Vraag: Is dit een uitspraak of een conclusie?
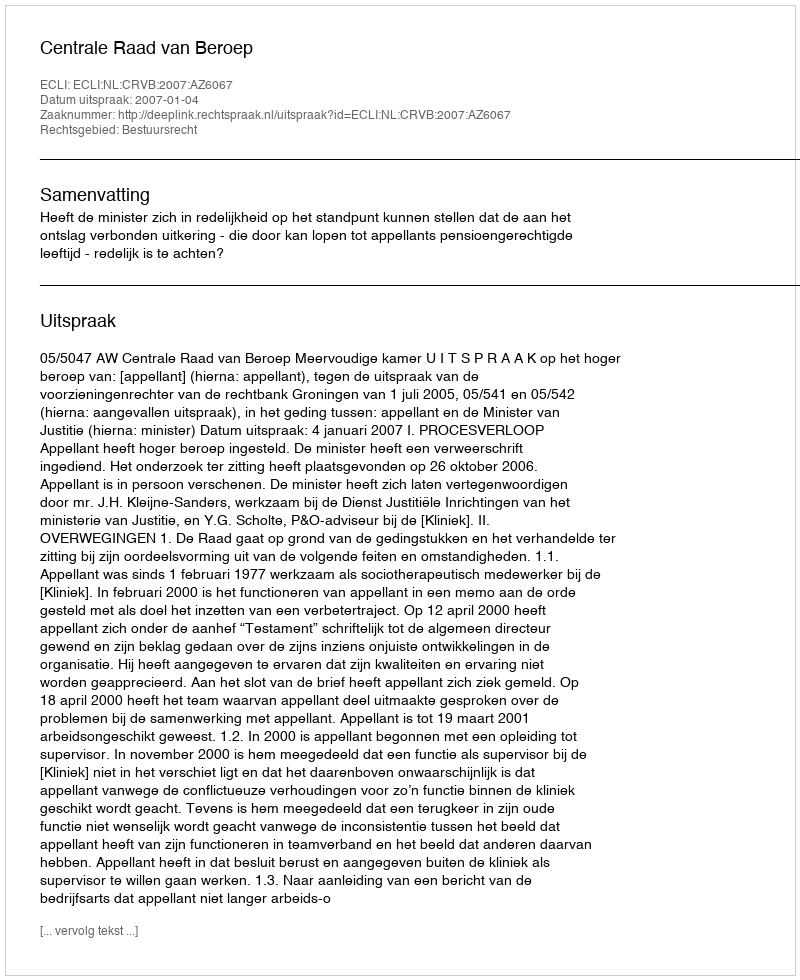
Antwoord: Uitspraak